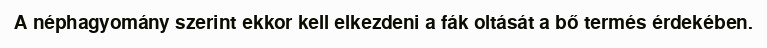
A néphagyomány szerint ekkor kell elkezdeni a fák oltását a bő termés érdekében.